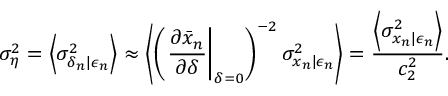
\sigma _ { \eta } ^ { 2 } = \left\langle \sigma _ { \delta _ { n } | \epsilon _ { n } } ^ { 2 } \right\rangle \approx \left\langle \left( \left. \frac { \partial \bar { x } _ { n } } { \partial \delta } \right| _ { \delta = 0 } \right) ^ { - 2 } \sigma _ { x _ { n } | \epsilon _ { n } } ^ { 2 } \right\rangle = \frac { \left\langle \sigma _ { x _ { n } | \epsilon _ { n } } ^ { 2 } \right\rangle } { c _ { 2 } ^ { 2 } } .